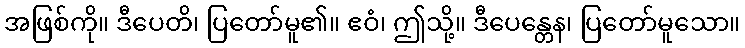
အဖြစ်ကို။ ဒီပေတိ၊ ပြတော်မူ၏။ ဧဝံ၊ ဤသို့။ ဒီပေန္တေန၊ ပြတော်မူသော။